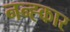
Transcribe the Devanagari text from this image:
नन्ह्कार